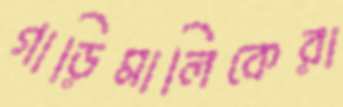
গাড়িমালিকেরা